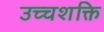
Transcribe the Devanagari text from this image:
उच्‍चशक्ति